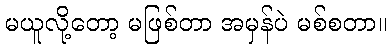
မယူလို့တော့ မဖြစ်တာ အမှန်ပဲ မစ်စတာ။